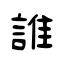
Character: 誰